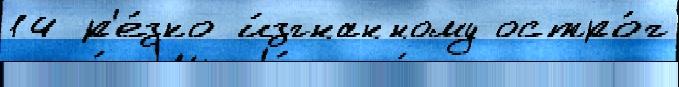
14 р'е́зко и́згнанному остро́г